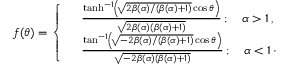
\begin{array} { r } { f ( \theta ) = \left\{ \begin{array} { l l } & { \frac { \operatorname { t a n h } ^ { - 1 } \! \left( \! \sqrt { 2 \beta ( \alpha ) / ( \beta ( \alpha ) + 1 ) } \cos \theta \right) } { \sqrt { 2 \beta ( \alpha ) ( \beta ( \alpha ) + 1 ) } } \, ; \quad \alpha > 1 \, , } \\ & { \frac { \tan ^ { - 1 } \! \left( \! \sqrt { - 2 \beta ( \alpha ) / ( \beta ( \alpha ) + 1 ) } \cos \theta \right) } { \sqrt { - 2 \beta ( \alpha ) ( \beta ( \alpha ) + 1 ) } } \, ; \quad \alpha < 1 \, \cdot } \end{array} \right. } \end{array}